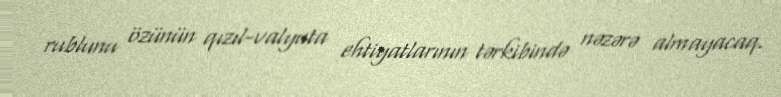
rublunu özünün qızıl-valyuta ehtiyatlarının tərkibində nəzərə almayacaq.